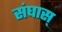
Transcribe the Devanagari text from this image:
संघास्